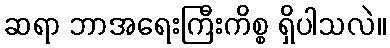
ဆရာ ဘာအရေးကြီးကိစ္စ ရှိပါသလဲ။